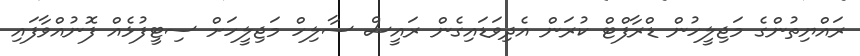
ރައްޔިތުންގެ މަޖިލީހުން ޑްރާފްޓް ކުރަން އެދިވަޑައިގެން ރައީސް ސާލިހް މަޖިލީހަށް ސިޓީފުޅެއް ފޮނުއްވާފައި